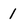
Character: 1